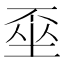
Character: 𡍂